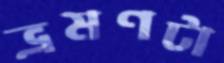
ভ্রমণটা